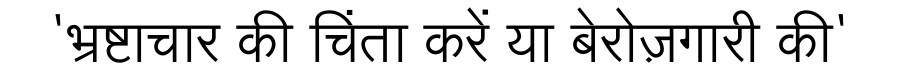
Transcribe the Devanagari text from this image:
'भ्रष्टाचार की चिंता करें या बेरोज़गारी की'